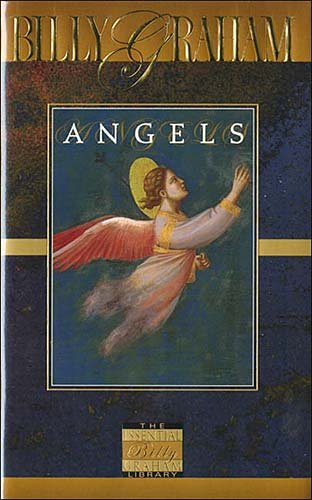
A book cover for Angels; Billy Graham; Christian Books & Bibles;